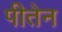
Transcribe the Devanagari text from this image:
पीतेन